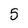
Character: 5